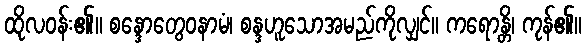
ထိုလဝန်း၏။ စန္ဒောတွေဝနာမံ၊ စန္ဒဟူသောအမည်ကိုလျှင်။ ကရောန္တိ၊ ကုန်၏။